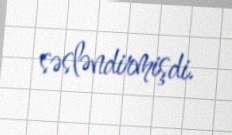
səsləndirmişdi.